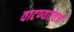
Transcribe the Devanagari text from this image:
वाटण्याऐवजी